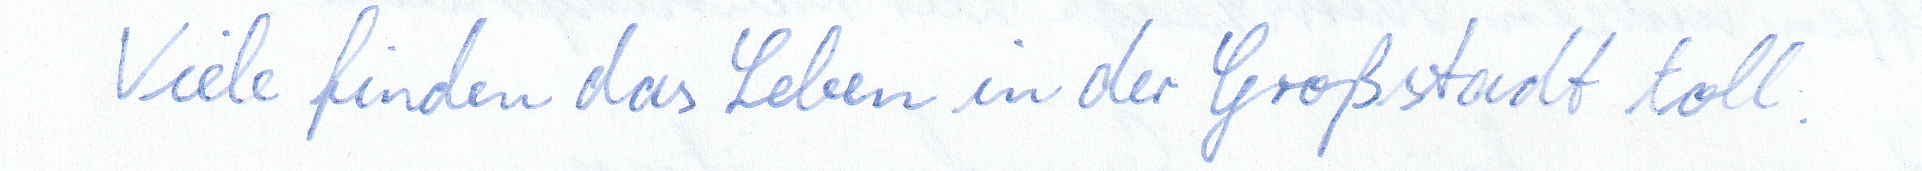
Viele finden das Leben in der Großstadt toll.